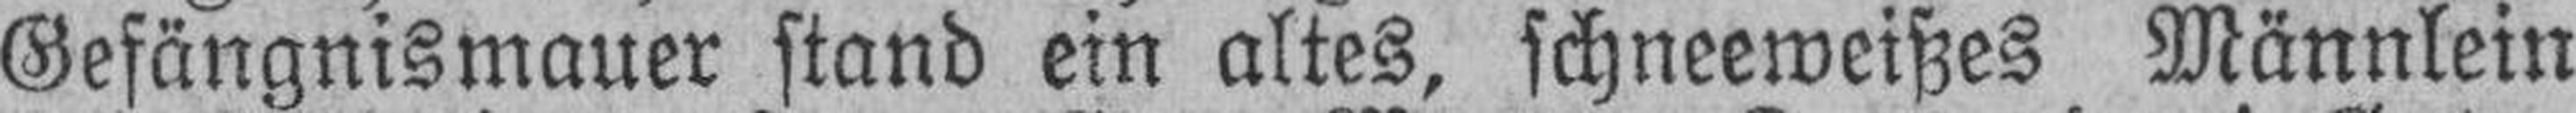
Gefängnismauer stand ein altes, schneeweißes Männlein